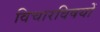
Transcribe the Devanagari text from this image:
विचारविषयों